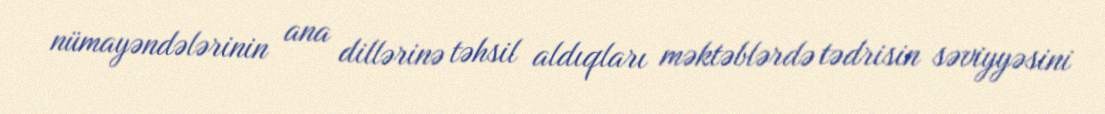
nümayəndələrinin ana dillərinə təhsil aldıqları məktəblərdə tədrisin səviyyəsini